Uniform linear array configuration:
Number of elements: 24
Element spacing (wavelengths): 0.5
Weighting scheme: blackman
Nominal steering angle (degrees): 15
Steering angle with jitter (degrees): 15.776
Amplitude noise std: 0.05
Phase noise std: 0.05

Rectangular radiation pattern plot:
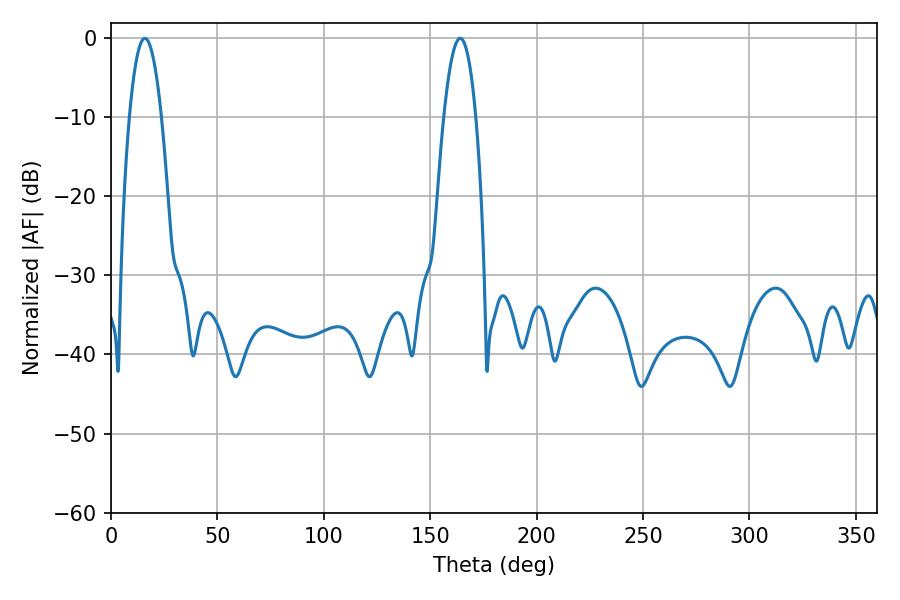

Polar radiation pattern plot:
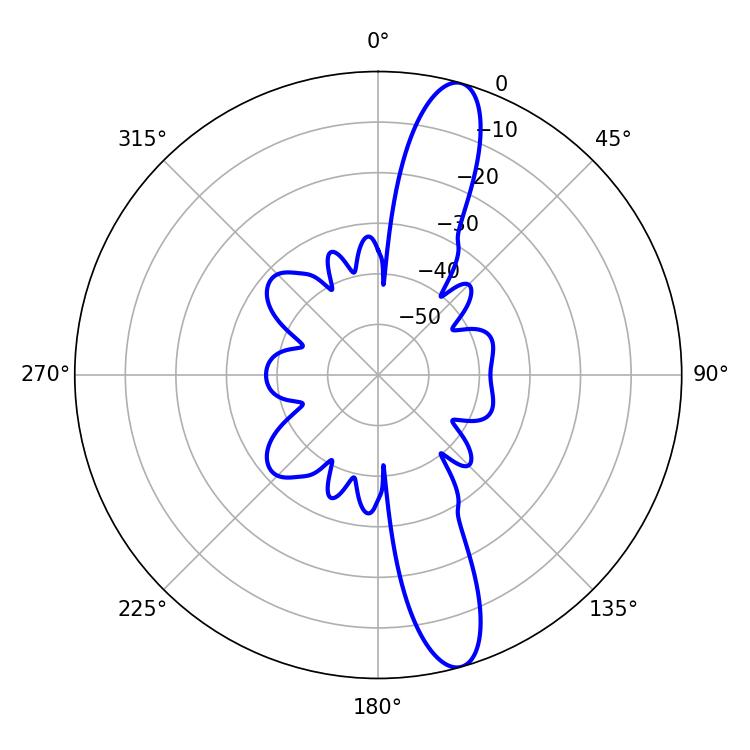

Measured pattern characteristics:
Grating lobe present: FALSE
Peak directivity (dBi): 13.666
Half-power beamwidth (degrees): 8.28
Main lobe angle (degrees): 15.84